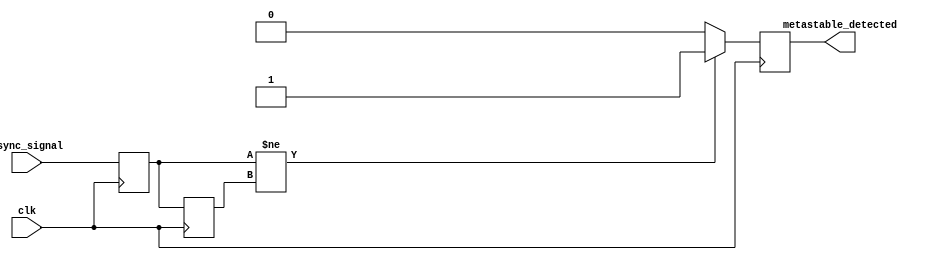
module metastability_detector (
    input wire clk,          // Clock signal
    input wire async_signal, // Asynchronous input signal to monitor
    output reg metastable_detected // Output indicator for metastability
);

    // Internal signals for latch outputs
    reg latch1_out; // Output of the first latch (L1)
    reg latch2_out; // Output of the second latch (L2)

    // First latch (L1) - captures the asynchronous signal on the rising edge of the clock
    always @(posedge clk) begin
        latch1_out <= async_signal;
    end

    // Second latch (L2) - captures the output of the first latch on the next clock edge
    always @(posedge clk) begin
        latch2_out <= latch1_out;
    end

    // Metastability detection logic
    always @(posedge clk) begin
        // Check if the outputs of the two latches are different
        if (latch1_out != latch2_out) begin
            metastable_detected <= 1'b1; // Metastability detected
        end else begin
            metastable_detected <= 1'b0; // No metastability detected
        end
    end

endmodule